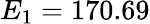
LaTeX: E_{1}=170.69